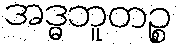
အဒ္ဓဘူတဉ္စ